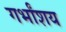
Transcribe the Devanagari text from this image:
गर्भांशय